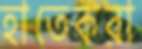
হাতেকরা